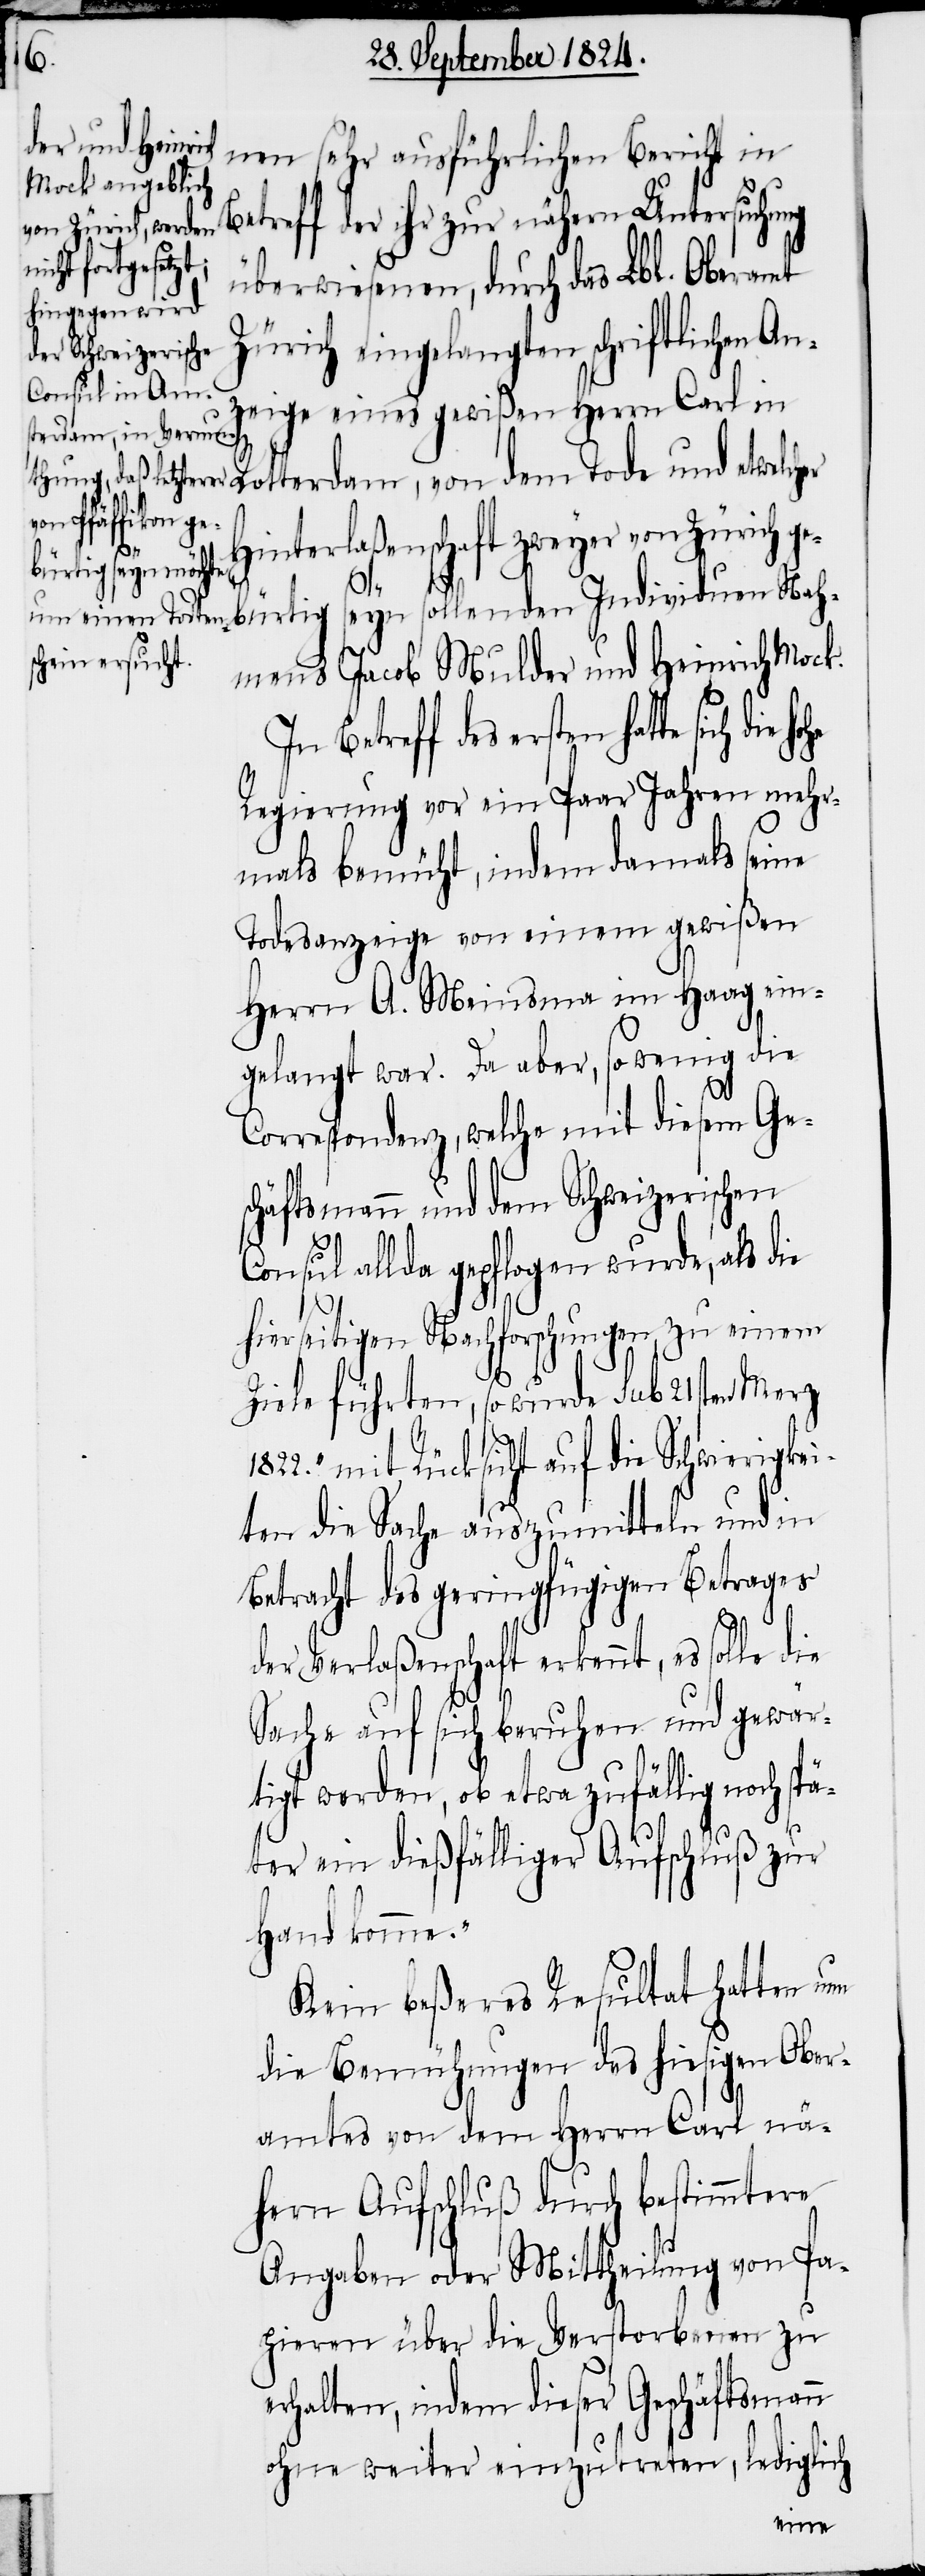
nen sehr ausführlichen Bericht in
der ihr zur nähern Untersuchu¬
überwiesenen, durch das Lbl. Oberamt
Zürich eingelegten schriftlichen A¬
nzeige eines gewißen Herrn Carl i¬
n Rotterdam, von dem Tode und etwelcher
Hinterlaßenschaft zweyer von Zürich g¬
die
bürtig seyn sollenden Individuen Nah¬
mens Jacob Mulder und Heinrich Mock.
Betreff des ersten hatte sich
Regierung vor ein Paar Jahren mehr¬
mals bemüht, indem damals seine
Todesanzeige von einem gewißen
Herrn A. Meinsma im Haag ein¬
gelangt war. Da aber, so wenig die
Correspondenz, welche mit diesem Ge¬
schäftsmann und dem Schweizerischen
Consul allda gepflogen wurde, als die
hierseitigen Nachforschungen, zu einem
Ziele führten, so wurde sub 21sten
1822. mit Rücksicht auf die Schwierigkei¬
ten die Sache auszumitteln und in
Betracht des geringfügigen Betrages
hohe
der Verlaßenschaft erkennt, es solle die
Sache auf sich beruhen und gewär¬
tigt werden, ob etwa zufällig noch spä¬
ter ein dießfälliger Aufschluß zur
Hand komme.“
Kein beßeres Resulatat hatten nun
die Bemühungen des hiesigen Ober¬
amtes von dem Herrn Carl nä¬
hern Aufschluß durch bestimmtere
Angaben oder Mittheilung von Pa¬
pieren über die Verstorbenen zu
erhalten, indem dieser Geschäftsmann
ohne weiter einzutreten, lediglich